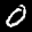
Label: 0